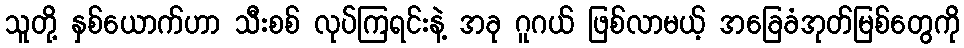
သူတို့ နှစ်ယောက်ဟာ သီးစစ် လုပ်ကြရင်းနဲ့ အခု ဂူဂယ် ဖြစ်လာမယ့် အခြေခံအုတ်မြစ်တွေကို